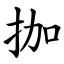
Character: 拁